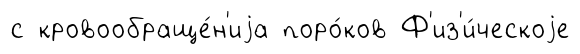
с кровообраще́н'иjа поро́ков Ф'из'и́ческоjе